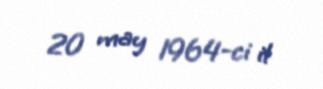
20 may 1964-ci il